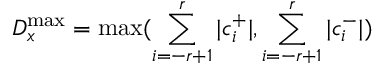
D _ { x } ^ { \operatorname* { m a x } } = \operatorname* { m a x } ( \sum _ { i = - r + 1 } ^ { r } | c _ { i } ^ { + } | , \sum _ { i = - r + 1 } ^ { r } | c _ { i } ^ { - } | )